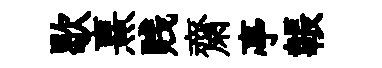
歇熹贱齋亭韔